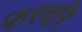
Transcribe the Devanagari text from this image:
फरवरि